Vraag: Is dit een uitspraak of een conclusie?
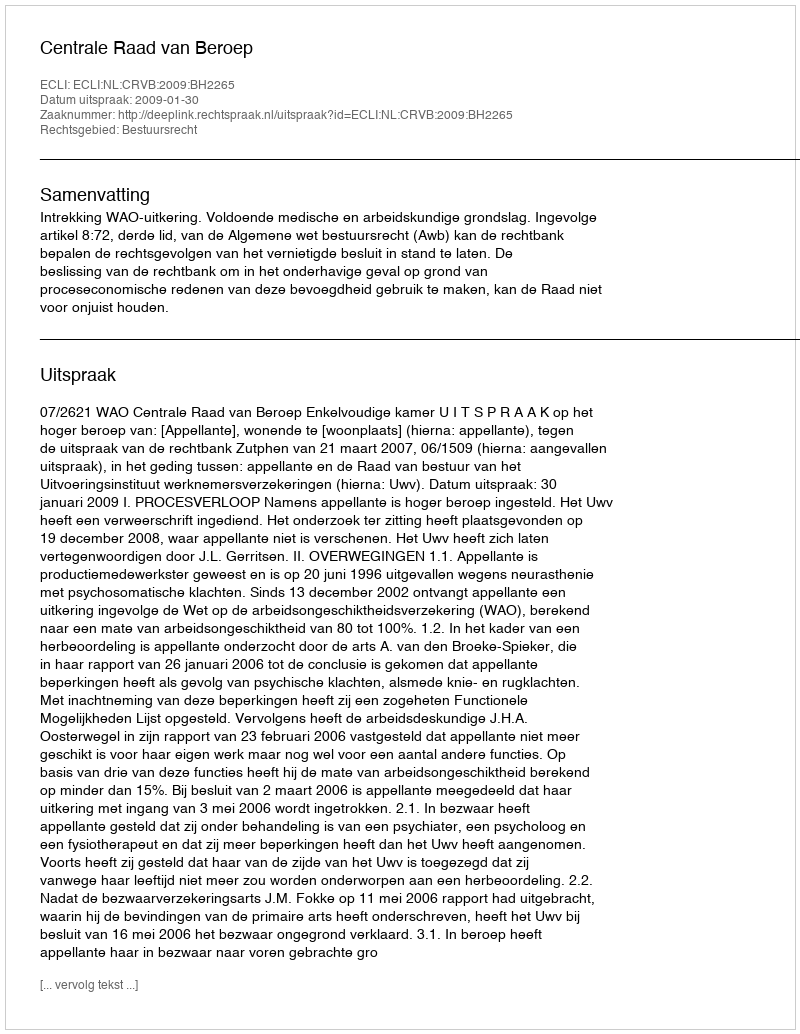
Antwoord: Uitspraak